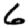
Digit: 6